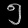
Digit: ၅